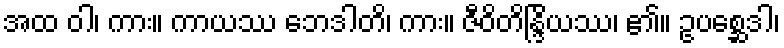
အထ ဝါ၊ ကား။ ကာယဿ ဘေဒါတိ၊ ကား။ ဇီဝိတိန္ဒြိယဿ၊ ၏။ ဥပစ္ဆေဒါ၊